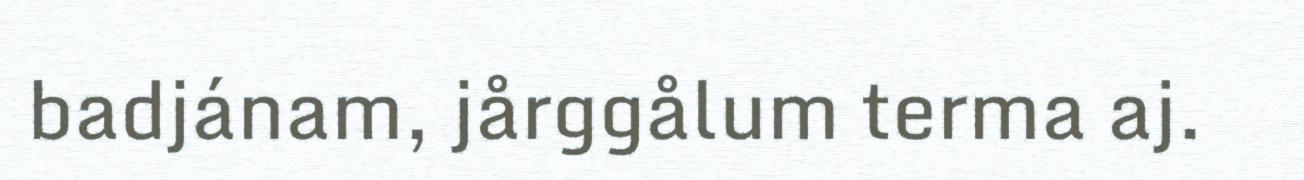
badjánam, jårggålum terma aj.